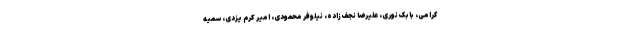
گرامی، بابک نوری، علیرضا نجف‌زاده، نیلوفر محمودی، امیر کرم یزدی، سمیه